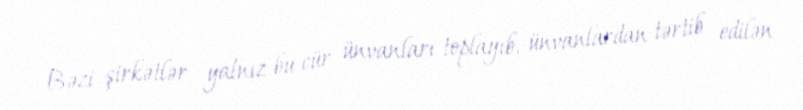
Bəzi şirkətlər yalnız bu cür ünvanları toplayıb, ünvanlardan tərtib edilən